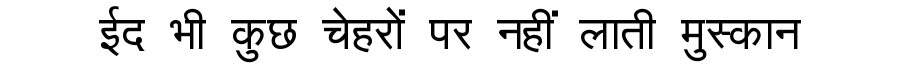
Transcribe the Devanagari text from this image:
ईद भी कुछ चेहरों पर नहीं लाती मुस्कान